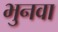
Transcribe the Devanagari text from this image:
भुनवा